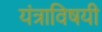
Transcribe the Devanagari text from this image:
यंत्राविषयी